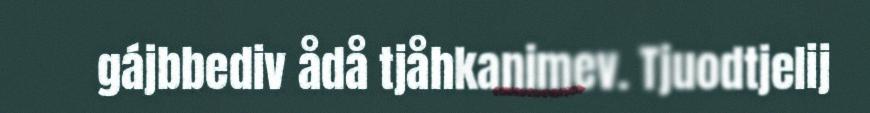
gájbbediv ådå tjåhkanimev. Tjuodtjelij